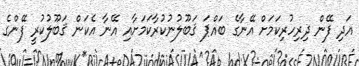
އަދި ފޭން ދިރިހުރިކަމަށް އޭނާގެ ބައްޕަ ޤަބޫލުނުކުރާކަމަށާއި އޭނާ އެކަން ޤަބޫލުކުރީ ފޭންގެ